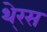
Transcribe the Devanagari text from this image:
थे्रस